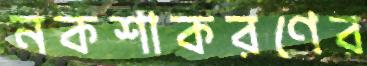
নকশাকরণের